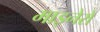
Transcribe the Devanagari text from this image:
माइनेरो